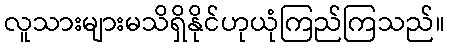
လူသားများမသိရှိနိုင်ဟုယုံကြည်ကြသည်။